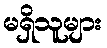
မရှိသူများ